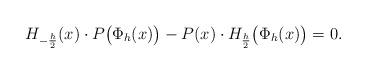
LaTeX: \begin{align*} H_{-\frac{h}{2}}(x)\cdot P\big(\Phi_h(x)\big)-P(x)\cdot H_{\frac{h}{2}}\big(\Phi_h(x)\big)=0. \end{align*}